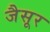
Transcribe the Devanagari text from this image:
जैसूर